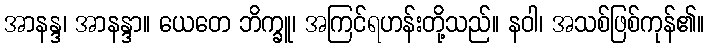
အာနန္ဒ၊ အာနန္ဒာ။ ယေတေ ဘိက္ခူ၊ အကြင်ရဟန်းတို့သည်။ နဝါ၊ အသစ်ဖြစ်ကုန်၏။